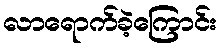
လာရောက်ခဲ့ကြောင်း